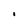
Character: I